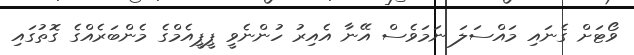
ވޯޓަށް ގެނައި މައްސަލަ ނަމަވެސް އޭނާ އެއިރު ހުންނެވީ ޕީޕީއެމްގެ މެންބަރެއްގެ ގޮތުގައި